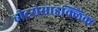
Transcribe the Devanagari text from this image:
हीटरोसाइक्लिक